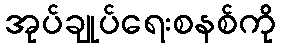
အုပ်ချုပ်ရေးစနစ်ကို